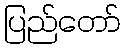
ပြည်တော်